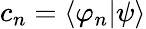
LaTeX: c_{n}=\langle\varphi_{n}|\psi\rangle